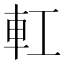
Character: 𨊧